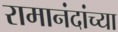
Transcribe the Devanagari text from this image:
रामानंदांच्या